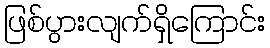
ဖြစ်ပွားလျက်ရှိကြောင်း